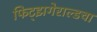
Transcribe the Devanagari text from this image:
फिट्झगेराल्डचा